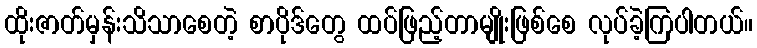
ထိုးဇာတ်မှန်းသိသာစေတဲ့ စာပိုဒ်တွေ ထပ်ဖြည့်တာမျိုးဖြစ်စေ လုပ်ခဲ့ကြပါတယ်။